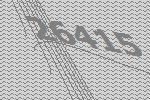
26415